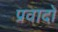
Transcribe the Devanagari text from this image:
प्रवादों